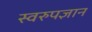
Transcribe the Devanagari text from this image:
स्वरुपज्ञान